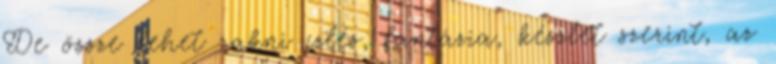
De össze lehet rakni ízlés, fantázia, készlet szerint, az